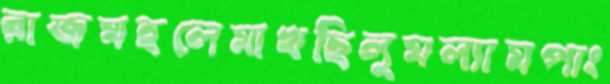
রাজমহলেমাখছিলুমল্যামপাং